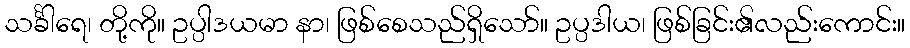
သင်္ခါရေ၊ တို့ကို။ ဥပ္ပါဒယမာ နာ၊ ဖြစ်စေသည်ရှိသော်။ ဥပ္ပဒါယ၊ ဖြစ်ခြင်း၏လည်းကောင်း။